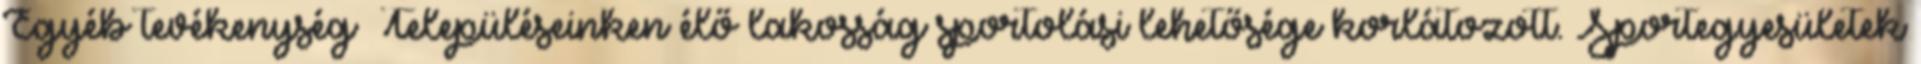
Egyéb tevékenység ▪Településeinken élő lakosság sportolási lehetősége korlátozott. Sportegyesületek